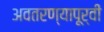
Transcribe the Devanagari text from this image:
अवतरण्यापूर्वी